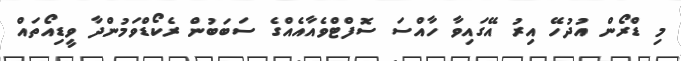
މި ޑްރޯން އުދުހޭ އިރު އޭގައިވާ ހާއްސަ ސޮފްޓްވެއާއެއްގެ ސަބަބުން ރެކޯޑްވަމުންދާ ވީޑިއޯތައް